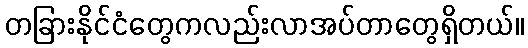
တခြားနိုင်ငံတွေကလည်းလာအပ်တာတွေရှိတယ်။